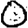
Digit: 0